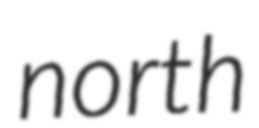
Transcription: north